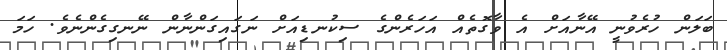
ބަލަން ހުރެވުނީ އޭނާއަށް އެ ވާގޮތެއް އަހަރެންގެ ސިކުނޑިއަށް ނަގައިގަންނާން ނޭނގިގެންނެވެ. ހަމަ